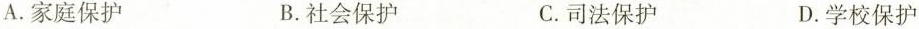
A.家庭保护 B.社会保护 C.司法保护 D.学校保护